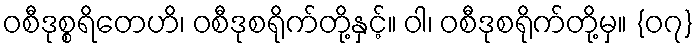
ဝစီဒုစ္စရိတေဟိ၊ ဝစီဒုစရိုက်တို့နှင့်။ ဝါ၊ ဝစီဒုစရိုက်တို့မှ။ {၀၇}